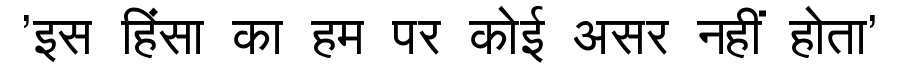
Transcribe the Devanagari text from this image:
'इस हिंसा का हम पर कोई असर नहीं होता'